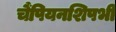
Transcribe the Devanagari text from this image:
चैंपियनशिपभी